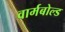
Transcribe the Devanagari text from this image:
वार्मबोल्ड